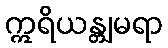
ဣရိယန္တျမရာ